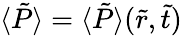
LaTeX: \langle\tilde{P}\rangle=\langle\tilde{P}\rangle(\tilde{r},\tilde{t})